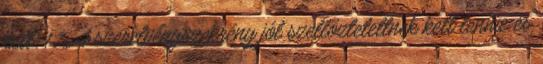
kell. 1.7. A szerelvényszekrény jól szellõztetettnek kell lennie és